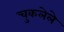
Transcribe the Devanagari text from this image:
चुकलेले